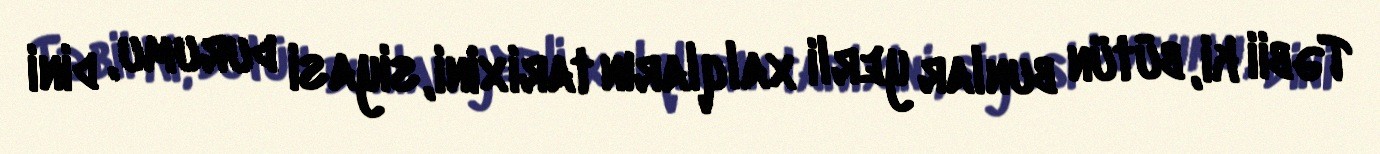
Təbii ki, bütün bunlar yerli xalqların tarixini, siyasi durumu, dini